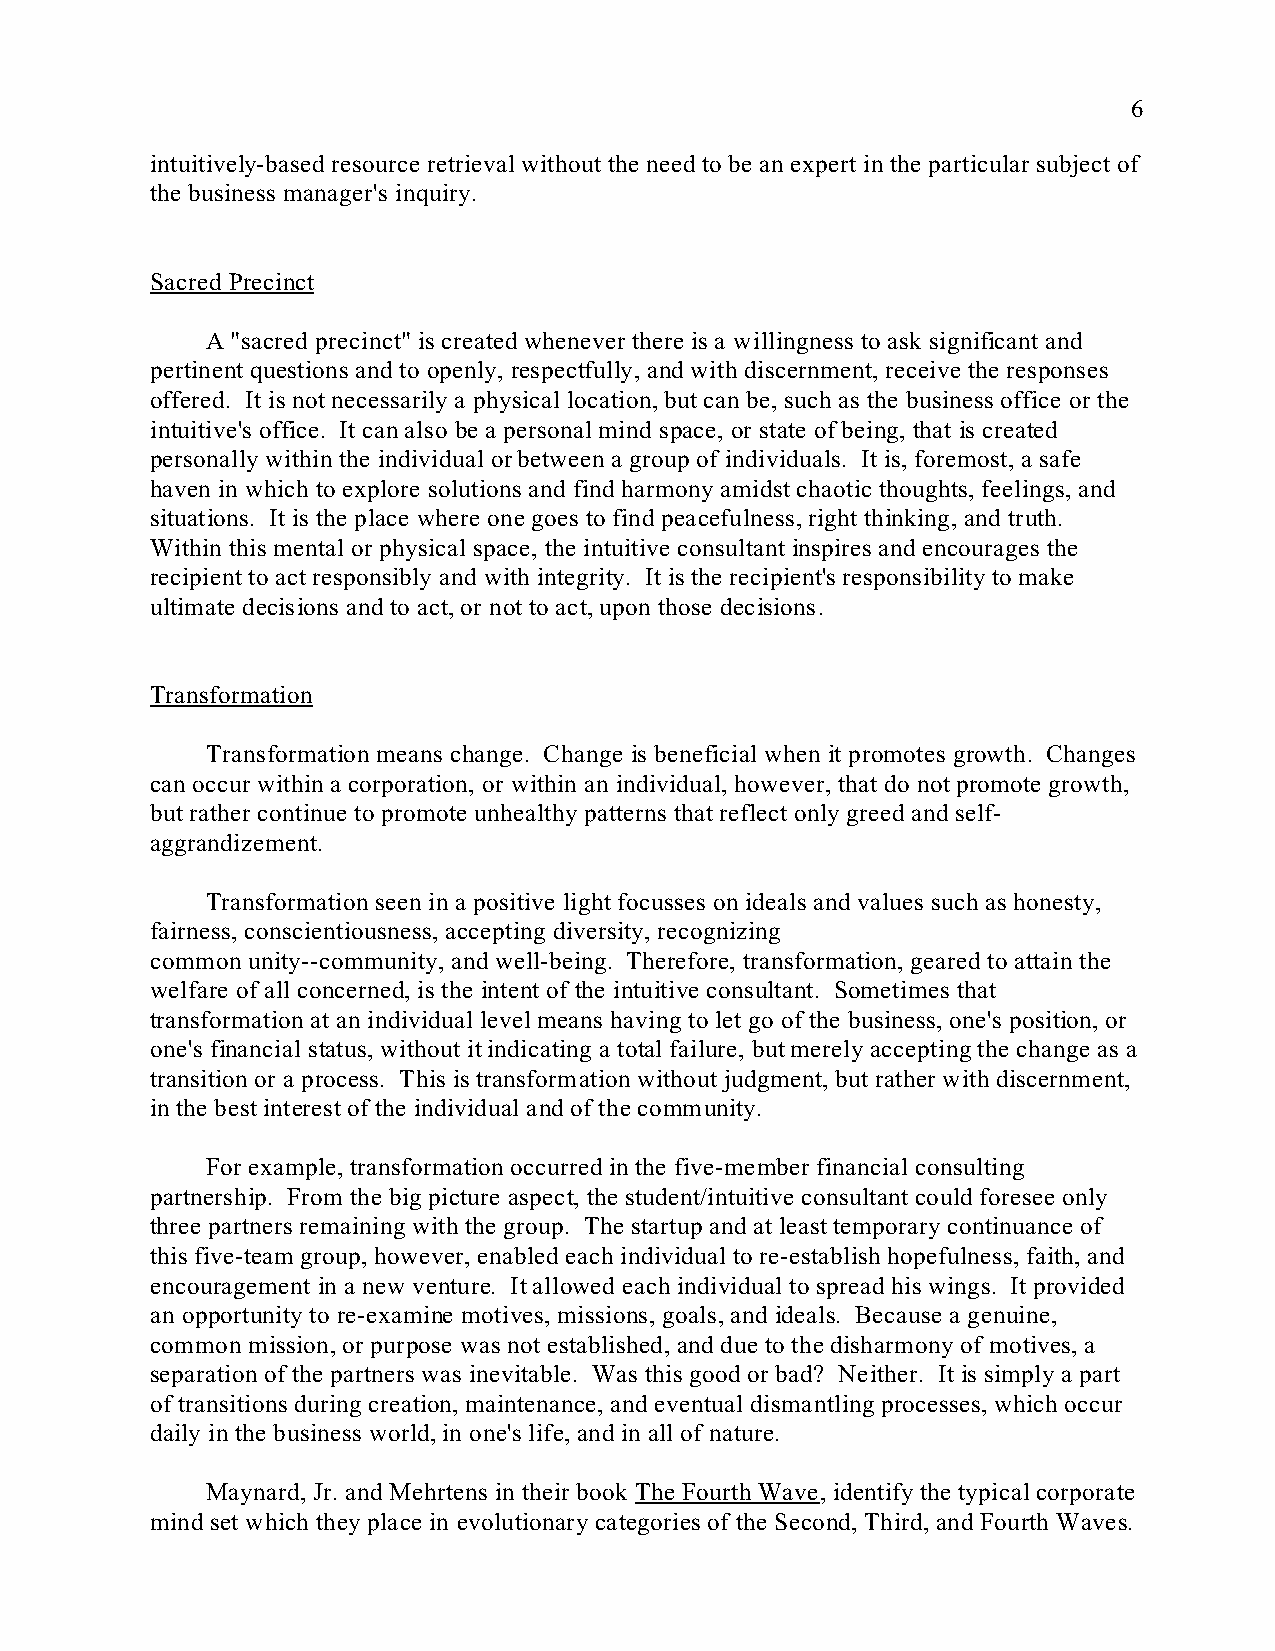
6
 intuitively-based resource retrieval without the need to be an expert in the particular subject of
 the business manager's inquiry.
 Sacred Precinct
 A "sacred precinct" is created whenever there is a willingness to ask significant and
 pertinent questions and to openly, respectfully, and with discernment, receive the responses
 offered. It is not necessarily a physical location, but can be, such as the business office or the
 intuitive's office. It can also be a personal mind space, or state of being, that is created
 personally within the individual or between a group of individuals. It is, foremost, a safe
 haven in which to explore solutions and find harmony amidst chaotic thoughts, feelings, and
 situations. It is the place where one goes to find peacefulness, right thinking, and truth.
 Within this mental or physical space, the intuitive consultant inspires and encourages the
 recipient to act responsibly and with integrity. It is the recipient's responsibility to make
 ultimate decisions and to act, or not to act, upon those decisions.
 Transformation
 Transformation means change. Change is beneficial when it promotes growth. Changes
 can occur within a corporation, or within an individual, however, that do not promote growth,
 but rather continue to promote unhealthy patterns that reflect only greed and self-
 aggrandizement.
 Transformation seen in a positive light focusses on ideals and values such as honesty,
 fairness, conscientiousness, accepting diversity, recognizing
 common unity--community, and well-being. Therefore, transformation, geared to attain the
 welfare of all concerned, is the intent of the intuitive consultant. Sometimes that
 transformation at an individual level means having to let go of the business, one's position, or
 one's financial status, without it indicating a total failure, but merely accepting the change as a
 transition or a process. This is transformation without judgment, but rather with discernment,
 in the best interest of the individual and of the community.
 For example, transformation occurred in the five-member financial consulting
 partnership. From the big picture aspect, the student/intuitive consultant could foresee only
 three partners remaining with the group. The startup and at least temporary continuance of
 this five-team group, however, enabled each individual to re-establish hopefulness, faith, and
 encouragement in a new venture. It allowed each individual to spread his wings. It provided
 an opportunity to re-examine motives, missions, goals, and ideals. Because a genuine,
 common mission, or purpose was not established, and due to the disharmony of motives, a
 separation of the partners was inevitable. Was this good or bad? Neither. It is simply a part
 of transitions during creation, maintenance, and eventual dismantling processes, which occur
 daily in the business world, in one's life, and in all of nature.
 Maynard, Jr. and Mehrtens in their book The Fourth Wave, identify the typical corporate
 mind set which they place in evolutionary categories of the Second, Third, and Fourth Waves.